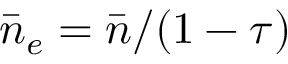
\bar { n } _ { e } = \bar { n } / ( 1 - \tau )